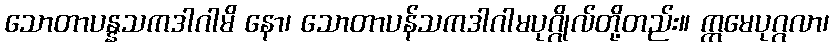
သောတာပန္နသကဒါဂါမိ နော၊ သောတာပန်သကဒါဂါမပုဂ္ဂိုလ်တို့တည်း။ ဣမေပုဂ္ဂလာ၊